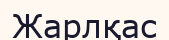
Жарлқас